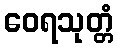
ဝေရသုတ္တံ